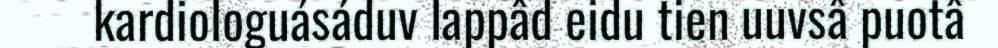
kardiologuásáduv lappâd eidu tien uuvsâ puotâ